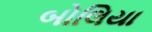
બોલિયા